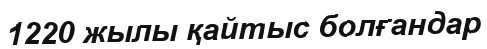
1220 жылы қайтыс болғандар